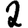
Digit: 2